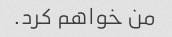
من خواهم کرد.